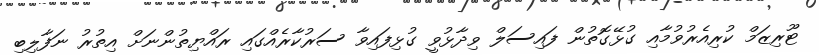
ޓޫރިޒަމް ކުރިއެރުވުމާއި ގުޅޭގޮތުން ފައިސަލް ވިދާޅުވީ ގުޅިފައިވާ ސަރުކާރެއްގައި ރައްްޔިތުންނަށް އިތުރު ނަފާލިބި